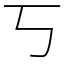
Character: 丂